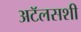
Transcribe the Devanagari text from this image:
अटॅलसशी